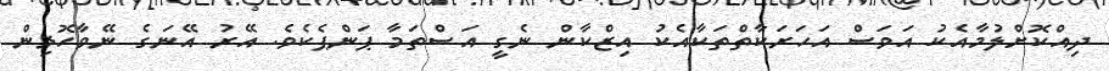
ދިއްކޮށްލުމާއެކު އަވަސް އަހަރަކާތްތަކާއެކު އިޒްކާން ނެގީ އަސްތަމާ ޕަންޕެކެވެ. އޭރު އޭނަގެ ނޭވާހޮޅިން